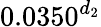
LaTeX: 0.0350^{d_{2}}